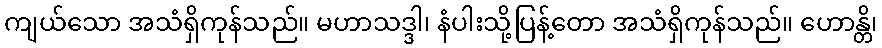
ကျယ်သော အသံရှိကုန်သည်။ မဟာသဒ္ဒါ၊ နံပါးသို့ပြန့်တော အသံရှိကုန်သည်။ ဟောန္တိ၊